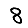
Digit: 8